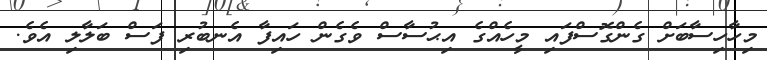
މިހާހިސާބަށް ގެންގޮސްފައި މީހެއްގެ އިޙުސާސް ވެގެން ހައިފާ އެނބުރި ފަސް ބަލާލި އެވެ.